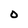
Character: O